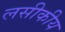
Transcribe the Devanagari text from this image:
लसीकीय